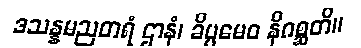
ဒသန္နမညတရံ ဌာနံ၊ ခိပ္ပမေဝ နိဂစ္ဆတိ။